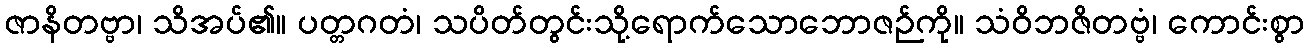
ဇာနိတဗ္ဗာ၊ သိအပ်၏။ ပတ္တဂတံ၊ သပိတ်တွင်းသို့ရောက်သောဘောဇဉ်ကို။ သံဝိဘဇိတဗ္ဗံ၊ ကောင်းစွာ